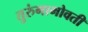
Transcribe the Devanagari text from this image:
तुरुंगाभोवती